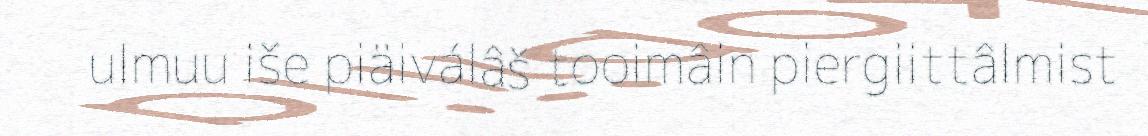
ulmuu iše piäiválâš tooimâin piergiittâlmist